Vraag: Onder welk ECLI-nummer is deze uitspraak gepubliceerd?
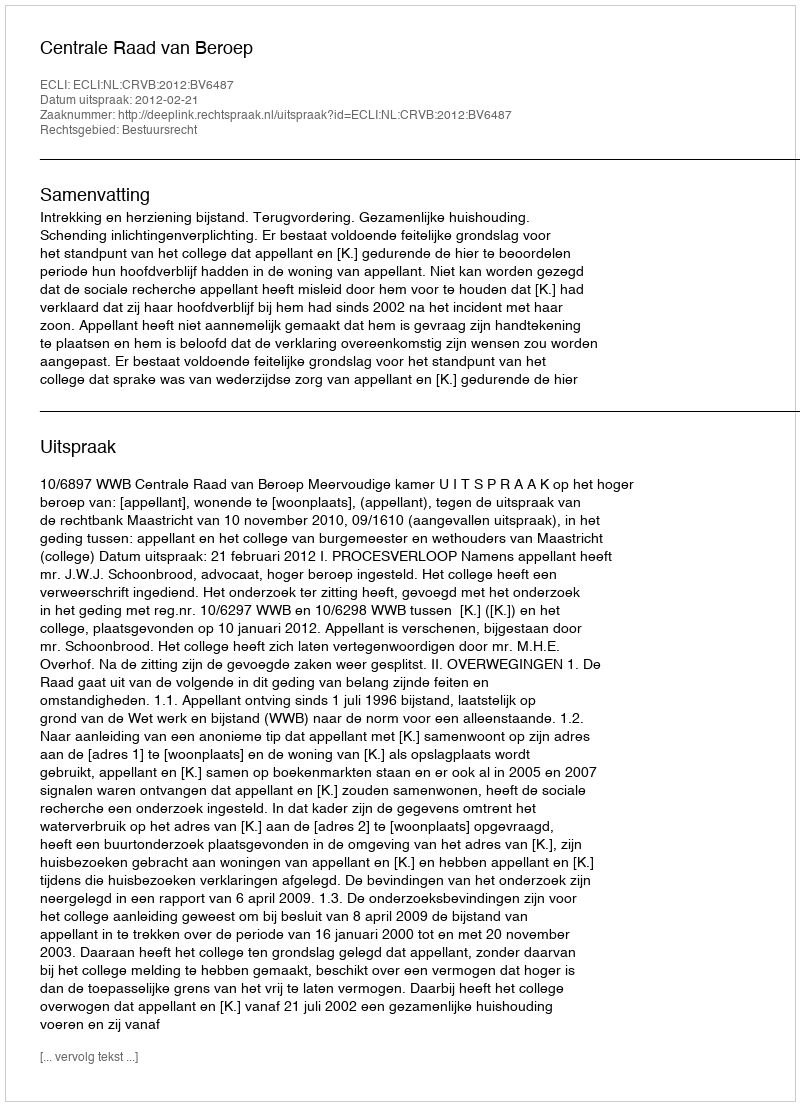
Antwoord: ECLI:NL:CRVB:2012:BV6487